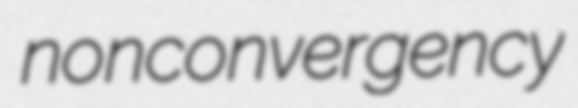
nonconvergency